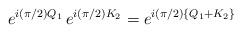
LaTeX: \begin{align*}e^{i(\pi /2 ) Q_1} \, e^{i(\pi /2 )K_2} = e^{i (\pi /2 ) \{ Q_1 + K_2\}}\end{align*}